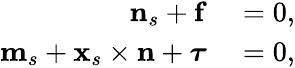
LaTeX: \begin{array}{rl}{\mathbf{n}_{s}+\mathbf{f}}&{{}=0,}\\ {\mathbf{m}_{s}+\mathbf{x}_{s}\times\mathbf{n}+\boldsymbol{\tau}}&{{}=0,}\end{array}